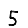
Digit: 5